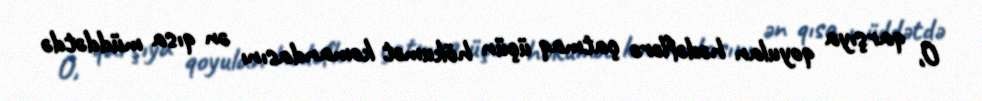
O, qarşıya qoyulan hədəflərə çatmaq üçün hökumət komandasını ən qısa müddətdə